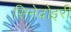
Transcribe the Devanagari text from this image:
सिनेदोइरी